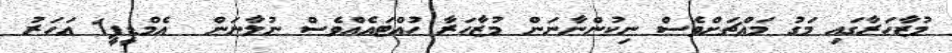
މުޒާހަރާގައި މަގު މައްޗަށްވެސް ނިކުންނާނަން މުޒާހަރާ ހުއްޓައެއްވެސް ނުލާނަން  އެމްޑީޕީ1 އަހަރު